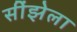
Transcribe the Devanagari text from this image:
सींझेला